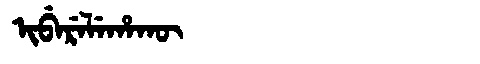
Manchu: ᡳᠪᡝᡵᡝᠯᡝᡥᠠᡴᡡ
Romanization: IBERELEHAKŪ